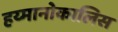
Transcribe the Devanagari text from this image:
हय्मानोकालिस